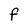
Character: F